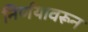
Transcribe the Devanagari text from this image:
निर्णयावरून